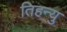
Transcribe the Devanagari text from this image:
तिहन्यु